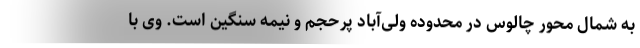
به شمال محور چالوس در محدوده ولی‌آباد پرحجم و نیمه سنگین است. وی با